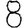
Digit: 8